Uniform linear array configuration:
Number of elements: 48
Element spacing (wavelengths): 1
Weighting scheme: hann
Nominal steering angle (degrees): -60
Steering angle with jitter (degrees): -58.109
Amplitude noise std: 0.05
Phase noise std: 0.05

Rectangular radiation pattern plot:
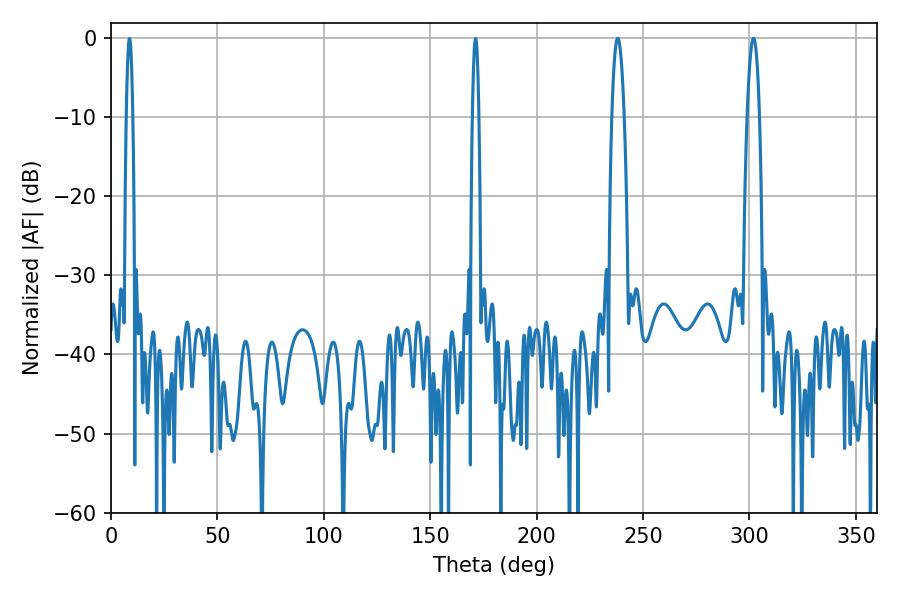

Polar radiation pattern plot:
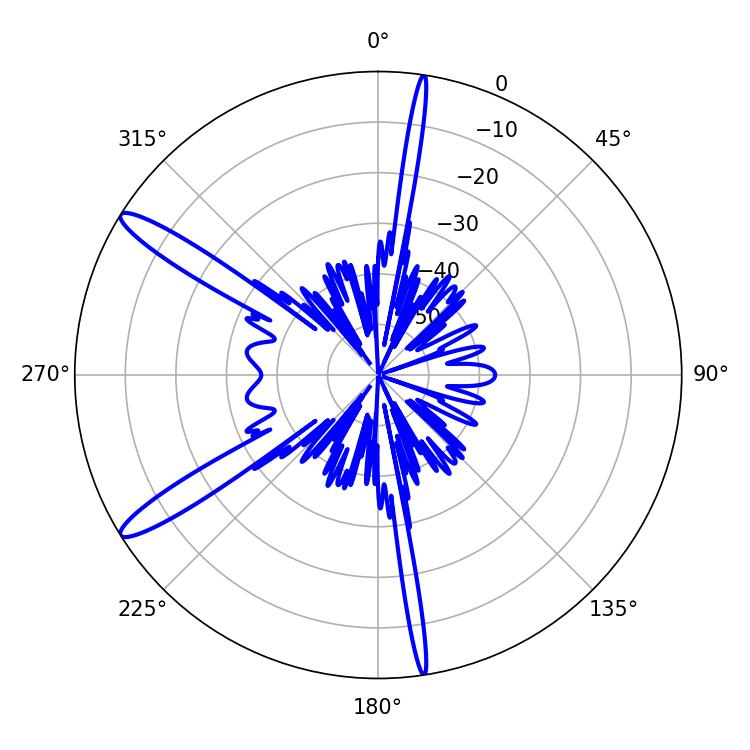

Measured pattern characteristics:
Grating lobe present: TRUE
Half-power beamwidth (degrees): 3.24
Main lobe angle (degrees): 238.14